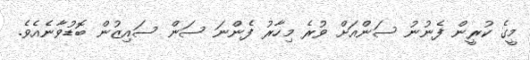
މީގެ ކުރީން ފެނުނު ސަންއަށް ވުރެ މިހާރު ފެންނަ ސަން ސައިޒުން ބޮޑުވާނެއެވެ.